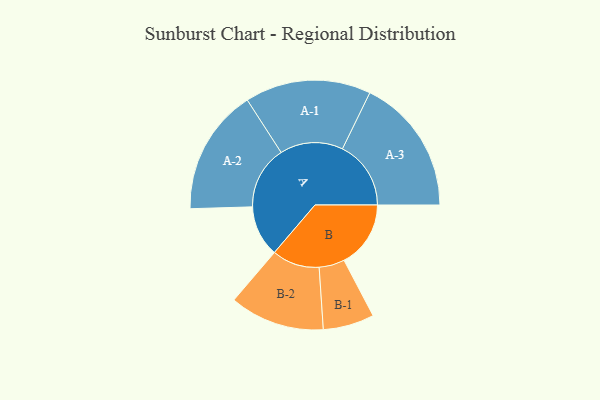
{"axis": {"x": "Segment", "y": "Value"}, "legend": ["", "A", "B"], "data": [{"x": "A", "y": 224, "type": ""}, {"x": "B", "y": 292, "type": ""}, {"x": "A-1", "y": 276, "type": "A"}, {"x": "A-2", "y": 276, "type": "A"}, {"x": "A-3", "y": 300, "type": "A"}, {"x": "B-1", "y": 112, "type": "B"}, {"x": "B-2", "y": 208, "type": "B"}]}